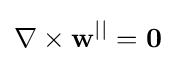
\nabla \times \mathbf {w} ^{||}=\mathbf {0}